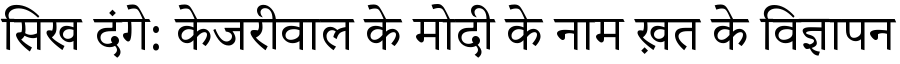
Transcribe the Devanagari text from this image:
सिख दंगे: केजरीवाल के मोदी के नाम ख़त के विज्ञापन